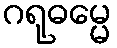
ဂရုဓမ္မေ